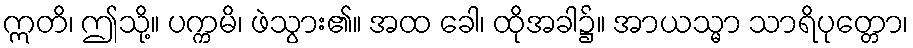
ဣတိ၊ ဤသို့။ ပက္ကမိ၊ ဖဲသွား၏။ အထ ခေါ၊ ထိုအခါ၌။ အာယသ္မာ သာရိပုတ္တော၊